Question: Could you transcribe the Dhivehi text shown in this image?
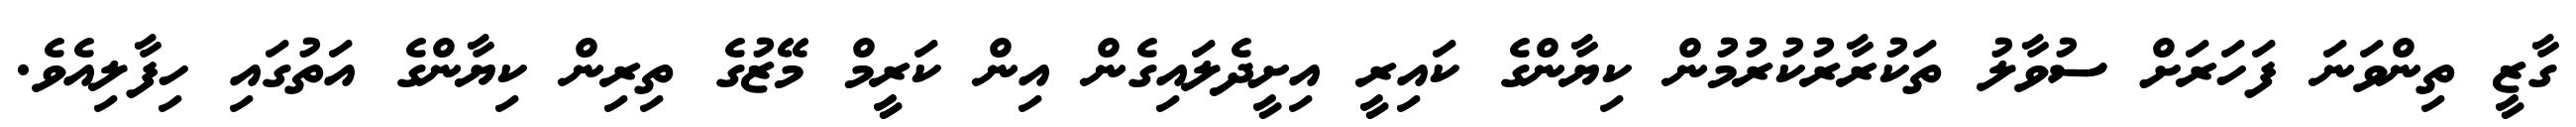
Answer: ގާޒީ ތިންވަނަ ފަހަރަށް ސުވާލު ތަކުރާރުކުރުމުން ކިޔާންގެ ކައިރީ އިށީދެލައިގެން އިން ކަރީމް މޭޒުގެ ތިރިން ކިޔާންގެ އަތުގައި ހިފާލިއެވެ.